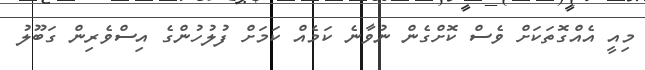
މިއީ އެއްގޮތަކަށް ވެސް ކޮށްގެން ނުވާނެ ކަމެއް ކަމަށް ފުލުހުންގެ އިސްވެރިން ގަބޫލު